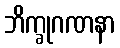
ဘိက္ခုဂဏနာ